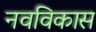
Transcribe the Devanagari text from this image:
नवविकास